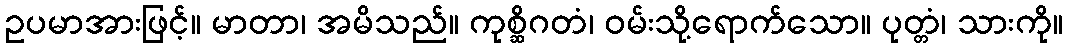
ဥပမာအားဖြင့်။ မာတာ၊ အမိသည်။ ကုစ္ဆိဂတံ၊ ဝမ်းသို့ရောက်သော။ ပုတ္တံ၊ သားကို။